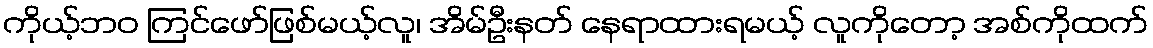
ကိုယ့်ဘဝ ကြင်ဖော်ဖြစ်မယ့်လူ၊ အိမ်ဦးနတ် နေရာထားရမယ့် လူကိုတော့ အစ်ကိုထက်